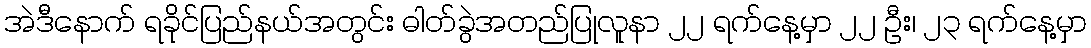
အဲဒီနောက် ရခိုင်ပြည်နယ်အတွင်း ဓါတ်ခွဲအတည်ပြုလူနာ ၂၂ ရက်နေ့မှာ ၂၂ ဦး၊ ၂၃ ရက်နေ့မှာ